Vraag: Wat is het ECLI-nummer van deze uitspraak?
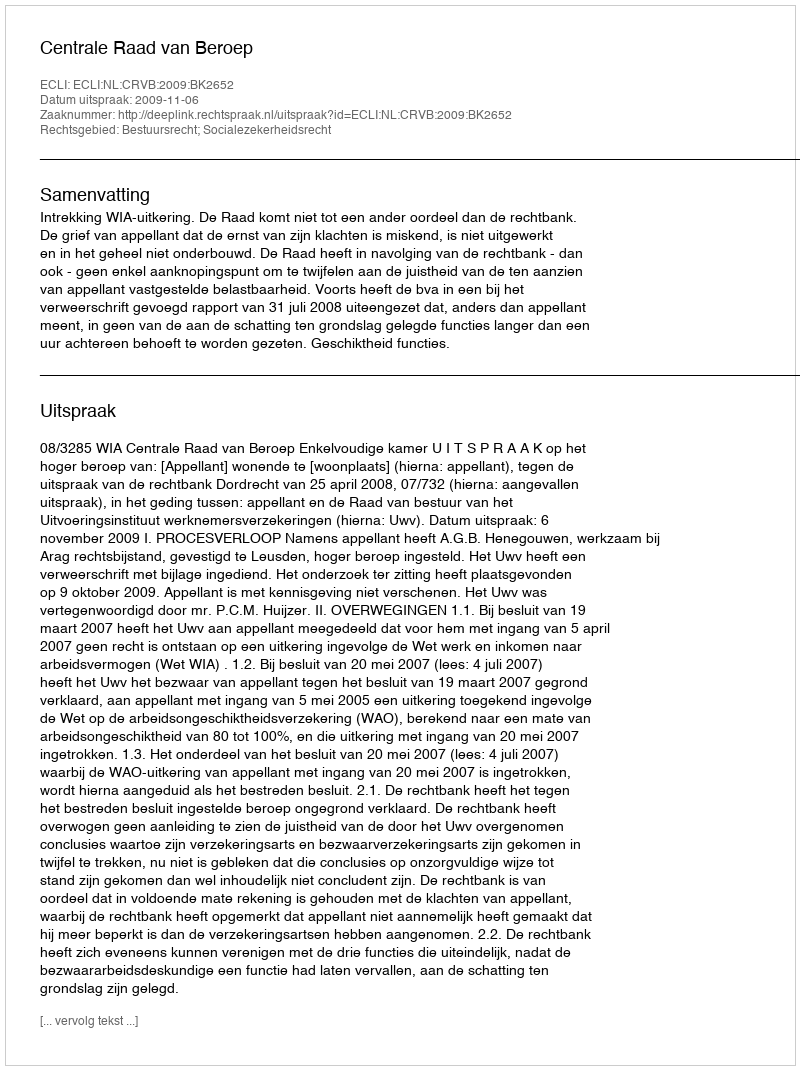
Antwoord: ECLI:NL:CRVB:2009:BK2652